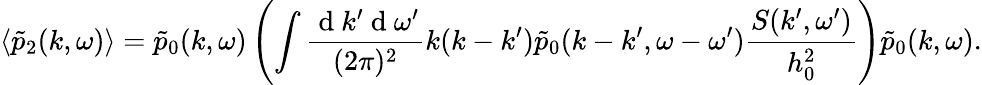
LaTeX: \langle\tilde{p}_{2}(k,\omega)\rangle=\tilde{p}_{0}(k,\omega)\left(\int\frac{\mathrm{~d~}k^{\prime}\mathrm{~d~}\omega^{\prime}}{(2\pi)^{2}}k(k-k^{\prime})\tilde{p}_{0}(k-k^{\prime},\omega-\omega^{\prime})\frac{S(k^{\prime},\omega^{\prime})}{h_{0}^{2}}\right)\tilde{p}_{0}(k,\omega).